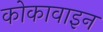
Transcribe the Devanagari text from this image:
कोकावाइन